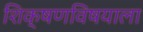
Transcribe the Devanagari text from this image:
शिक्षणविषयाला